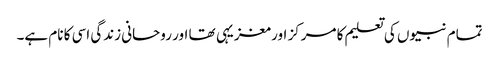
تمام نبیوں کی تعلیم کا مرکز اور مغزیہی تھا اور روحانی زندگی اسی کا نام ہے۔